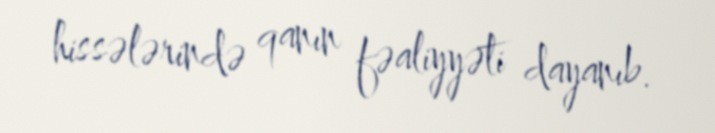
hissələrində qanın fəaliyyəti dayanıb.